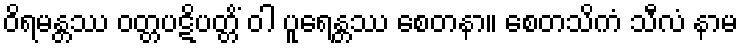
ဝိရမန္တဿ ဝတ္တပဋိပတ္တိံ ဝါ ပူရေန္တဿ စေတနာ။ စေတသိကံ သီလံ နာမ